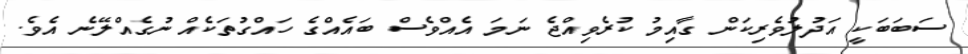
ސަބަބަކީ އަދުލުވެރިކަން ގާއިމު ކުރެވިއްޖެ ނަމަ އެއްވެސް ބައެއްގެ ހައްގުތަކެއް ނުގެއްލޭނެ އެވެ.